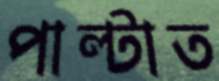
পাল্‌টাত